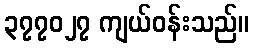
၃၇၇၀၂၇ ကျယ်ဝန်းသည်။